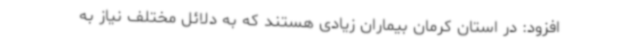
افزود: در استان کرمان بیماران زیادی هستند که به دلائل مختلف نیاز به